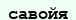
савойя